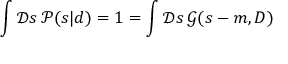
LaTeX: \int { \mathcal { D } } s \, { \mathcal { P } } ( s | d ) = 1 = \int { \mathcal { D } } s \, { \mathcal { G } } ( s - m , D )